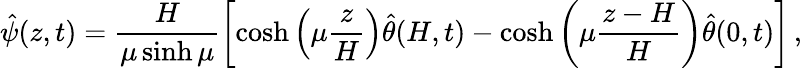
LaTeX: \hat{\psi}(z,t)=\frac{H}{\mu\sinh\mu}\left[\cosh\left(\mu\frac{z}{H}\right)\hat{\theta}(H,t)-\cosh\left(\mu\frac{z-H}{H}\right)\hat{\theta}(0,t)\right]\, ,